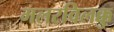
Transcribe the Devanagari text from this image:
मलरविलक्कु